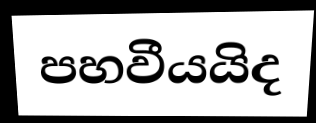
පහවීයයිද